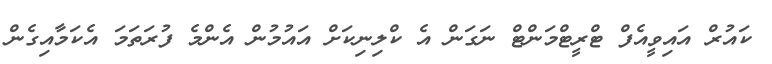
ކައުރް އައިވީއެފް ޓްރީޓްމަންޓް ނަގަން އެ ކްލިނިކަށް އައުމުން އެންމެ ފުރަތަމަ އެކަމާއިގެން